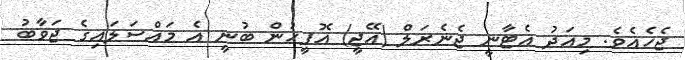
ޖެހެއެވެ. މިއަދު އެޓާނީ ޖެނެރަލް (އޭޖީ) އޮފީހުން ބުނީ އެ މައްސަލައިގެ ޖަވާބު